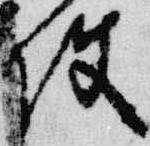
使